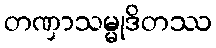
တဏှာသမ္မုဒိတဿ